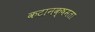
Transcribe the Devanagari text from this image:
कटानक्षमता